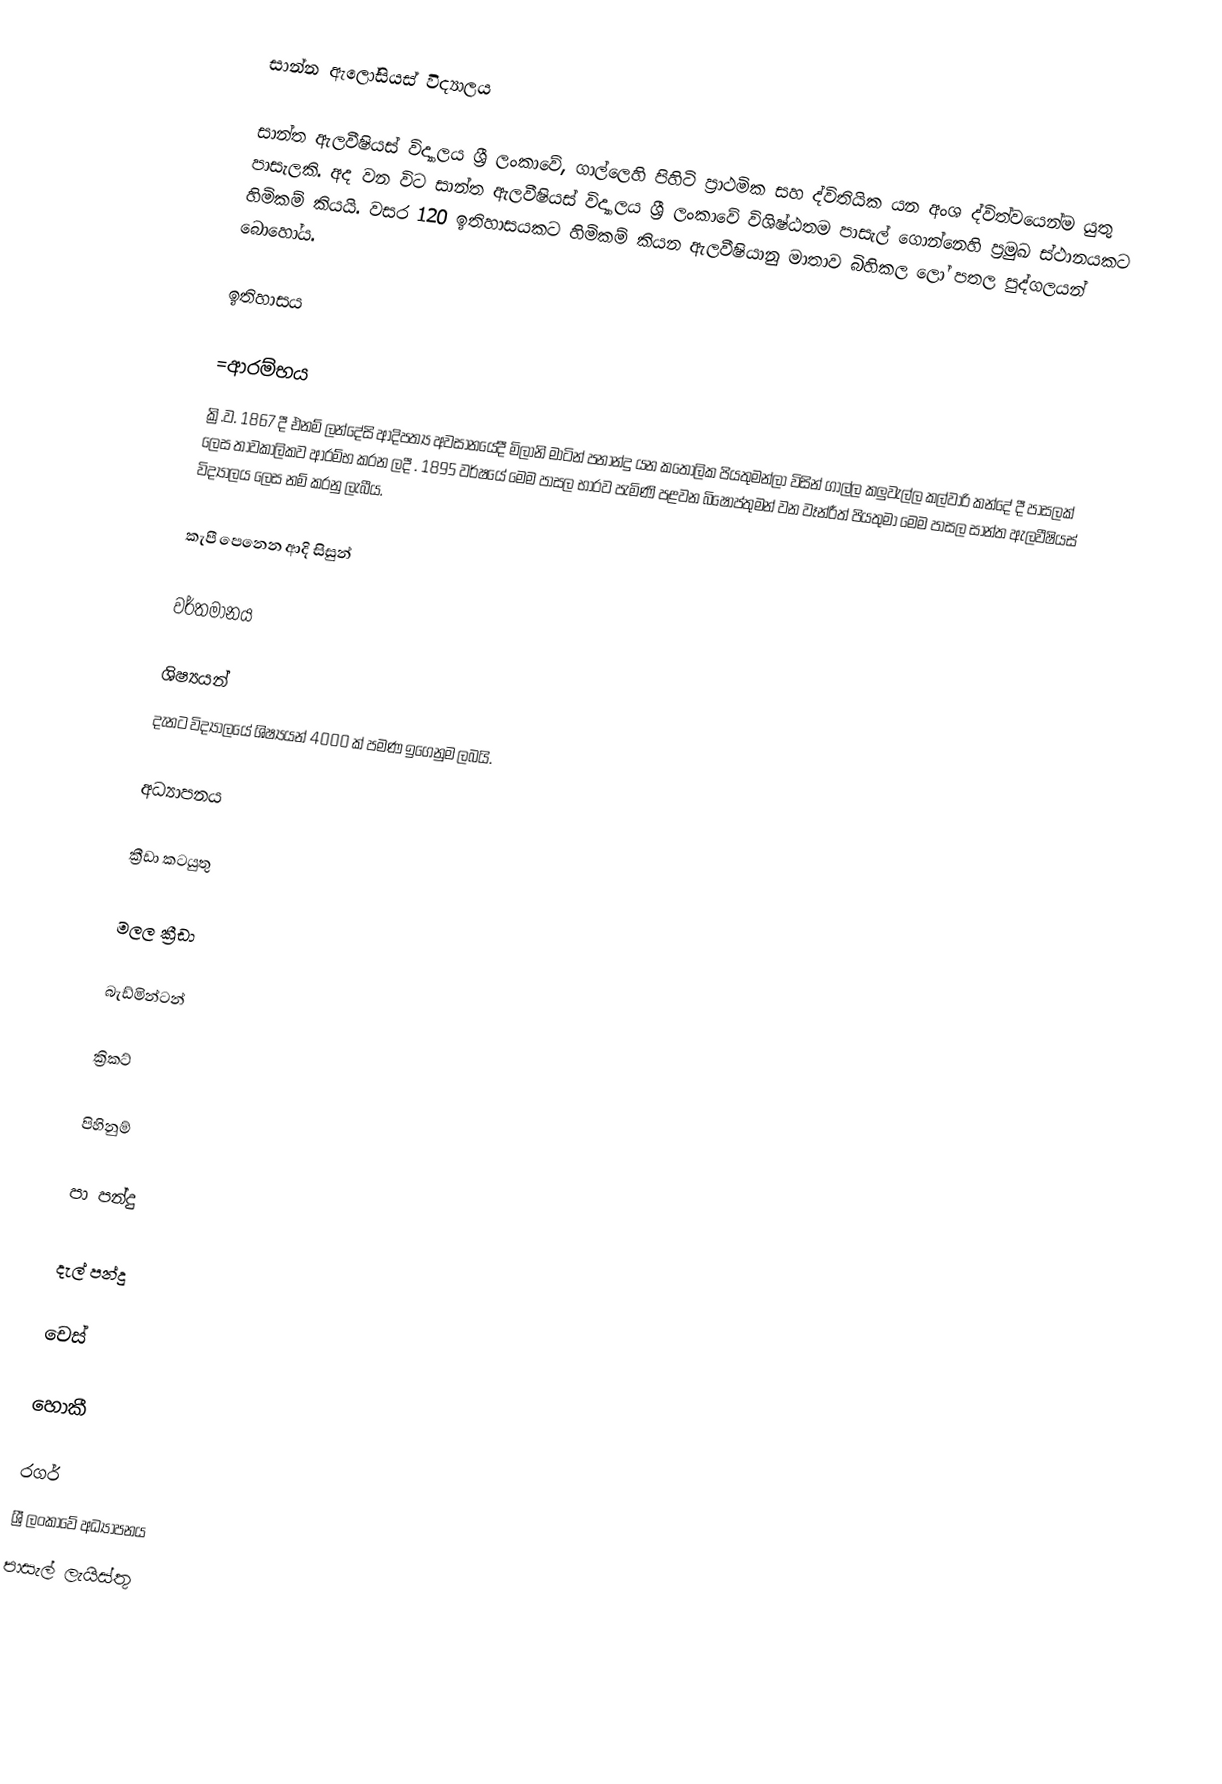
සාන්න ඇලෝසියස් විද්‍යාලය

සාන්ත ඇලවීෂියස් විද්‍යාලය   ශ්‍රී ලංකාවේ, ගාල්ලෙහි පිහිටි ප්‍රාථමික සහ ද්විතියික යන අංශ ද්විත්වයෙන්ම යුතු පාසැලකි. අද වන විට සාන්ත ඇලවීෂියස්  විද්‍යාලය ශ්‍රී ලංකාවේ විශිෂ්ඨතම පාසැල් ගොන්නෙහි ප්‍රමුඛ ස්ථානයකට හිමිකම් කියයි. වසර 120 ඉතිහාසයකට හිමිකම් කියන ඇලවීෂියානු මාතාව  බිහිකල ලෝ පතල පුද්ගලයන් බොහෝය.

ඉතිහාසය

=ආරම්භය
ක්‍රි.ව. 1867 දී  එනම් ලන්දේසි ආදිපත්‍ය අවසානයේදී  මිලානි මාටින් පනාන්දු යන කතෝලික පියතුමන්ලා විසින් ගාල්ල කලුවැල්ල කල්වාරි කන්දේ දී පාසලක් ලෙස තාවකාලිකව ආරම්භ කරන ලදී . 1895 වර්ෂයේ මෙම පාසල භාරව පැමිණි පළවන බිෂොප්තුමන් වන වෑන්රීත් පියතුමා මෙම පාසල සාන්ත ඇලවීෂියස් විද්‍යාලය ලෙස නම් කරනු ලැබීය.

කැපී පෙනෙන ආදි සිසුන්

වර්තමානය

ශිෂ්‍යයන්
දැනට විද්‍යාලයේ ශිෂ්‍යයන් 4000 ක් පමණ ඉගෙනුම ලබයි.

අධ්‍යාපනය

ක්‍රීඩා කටයුතු

මලල ක්‍රීඩා

බැඩ්මින්ටන්

ක්‍රිකට්

පිහිනුම්

පා පන්දු

දැල් පන්දු

චෙස්

හොකී

රගර්
ශ්‍රී ලංකාවේ අධ්‍යාපනය
පාසැල් ලැයිස්තු